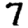
Digit: 7